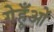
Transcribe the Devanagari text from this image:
गेहूँओं